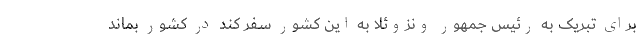
برای تبریک به رئیس جمهور ونزوئلا به این کشور سفر کند در کشور بماند